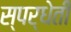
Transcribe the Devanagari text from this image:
स्पर्धेती